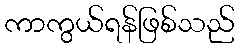
ကာကွယ်ရန်ဖြစ်သည်